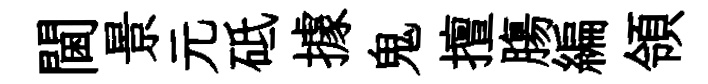
閫景元砥據鬼擅膓編領